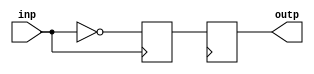
module Inverter_Delay (
    input wire inp,
    output reg outp
);

reg delayed;

always @ (posedge inp) begin
    delayed <= ~inp;
end

always @ (posedge clk) begin
    outp <= delayed;
end

endmodule